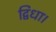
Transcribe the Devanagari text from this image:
द्विधा।